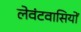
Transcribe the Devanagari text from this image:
लेवंटवासियों